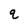
Character: q